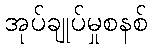
အုပ်ချုပ်မှုစနစ်